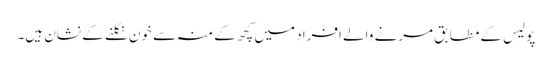
پولیس کے مطابق مرنے والے افراد میں کچھ کے منہ سے خون نکلنے کے نشان ہیں۔